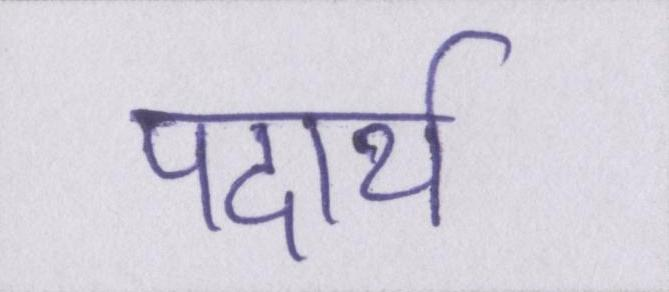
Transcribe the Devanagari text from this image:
पदार्थ